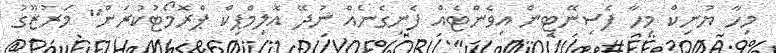
މިހާ ޔުނިކް މިހާ ފެސިނޭޓިން އިވެންޓެއް ފެނިގެނެއް ނުދޭ އޮލިމްޕިކް ޕްރޮމޯޓުކުރަން" މަރުޒޫގު